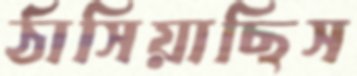
ঠাসিয়াছিস